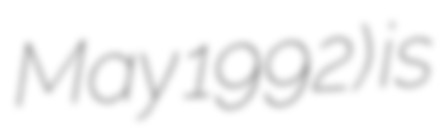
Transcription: May 1992) is